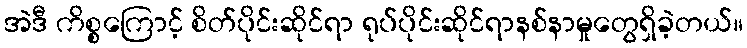
အဲဒီ ကိစ္စကြောင့် စိတ်ပိုင်းဆိုင်ရာ ရုပ်ပိုင်းဆိုင်ရာနစ်နာမှုတွေရှိခဲ့တယ်။